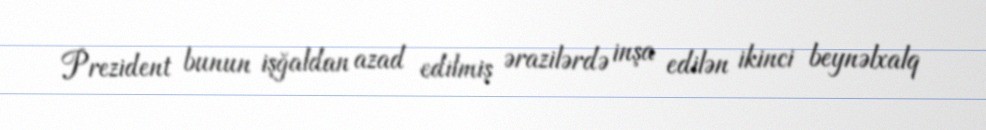
Prezident bunun işğaldan azad edilmiş ərazilərdə inşa edilən ikinci beynəlxalq